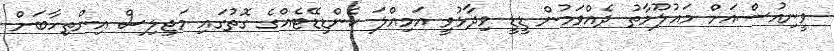
ވީނިއުސްއަށް މައުލޫމާތު ދެއްވަމުން ޑީޑީ ވިދާޅުވީ އަމިއްލަ ކެންޑިޑޭޓެއްގެ ގޮތުގައި މަޖިލިސް އިންތިހާބަށް